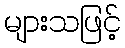
များသဖြင့်